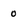
Character: 0